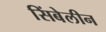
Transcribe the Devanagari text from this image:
सिंबेलीन